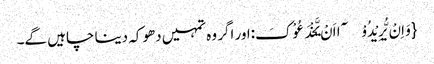
{وَ اِنْ یُّرِیْدُوْۤا اَنْ یَّخْدَعُوْکَ:اور اگر وہ تمہیں دھوکہ دینا چاہیں گے۔